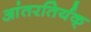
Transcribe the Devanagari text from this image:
आंतरतिर्यक्‌